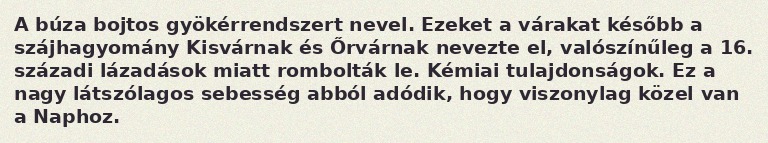
A búza bojtos gyökérrendszert nevel. Ezeket a várakat később a szájhagyomány Kisvárnak és Őrvárnak nevezte el, valószínűleg a 16. századi lázadások miatt rombolták le. Kémiai tulajdonságok. Ez a nagy látszólagos sebesség abból adódik, hogy viszonylag közel van a Naphoz.